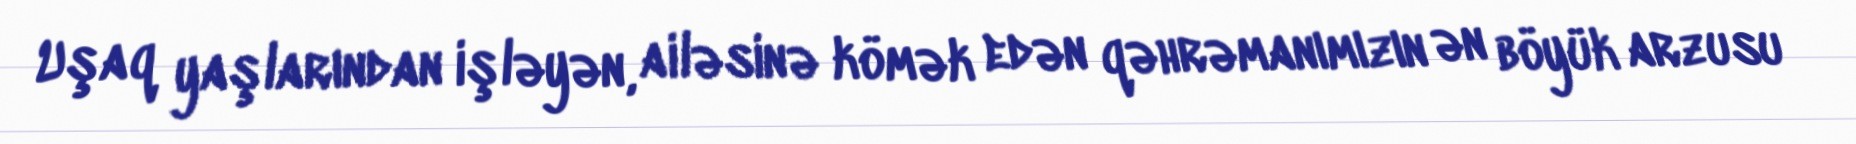
Uşaq yaşlarından işləyən, ailəsinə kömək edən qəhrəmanımızın ən böyük arzusu